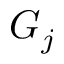
G _ { j }